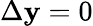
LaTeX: \Delta\mathbf{y}=0